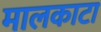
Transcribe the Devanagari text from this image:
मालकाटा